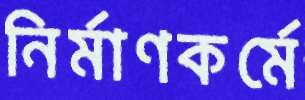
নির্মাণকর্মে